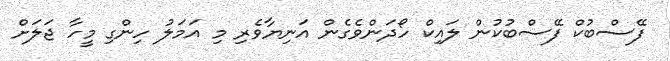
ފޭސްބުކް ފޭސްބުކުން ލައިކް ހޯދަންވެގެން އަނިޔާވެރި މި އަމަލު ހިންގި މީހާ ޖަލަށް